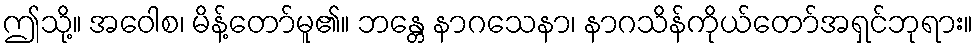
ဤသို့။ အဝေါစ၊ မိန့်တော်မူ၏။ ဘန္တေ နာဂသေနာ၊ နာဂသိန်ကိုယ်တော်အရှင်ဘုရား။